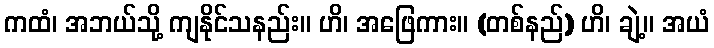
ကထံ၊ အဘယ်သို့ ကျနိုင်သနည်း။ ဟိ၊ အဖြေကား။ (တစ်နည်) ဟိ၊ ချဲ့။ အယံ